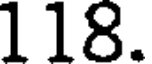
118.